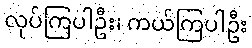
လုပ်ကြပါဦး၊ ကယ်ကြပါဦး